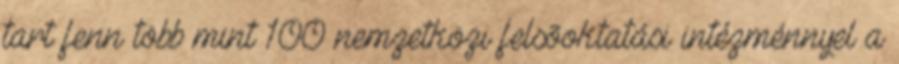
tart fenn több mint 100 nemzetközi felsõoktatási intézménnyel a